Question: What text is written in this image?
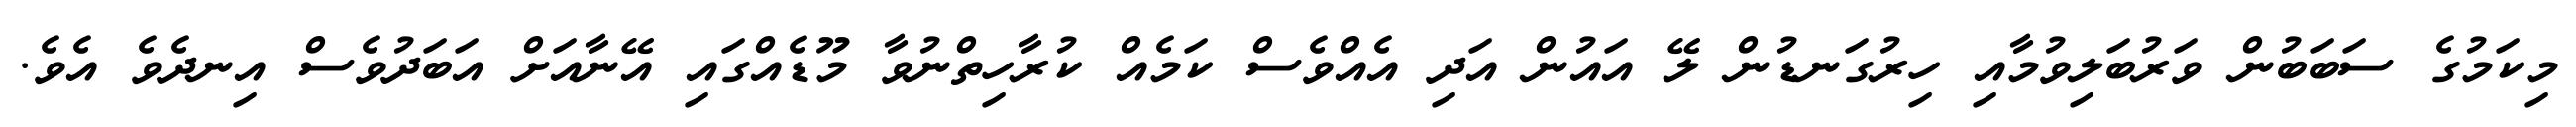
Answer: މިކަމުގެ ސަބަބުން ވަރުބަލިވުމާއި ހިރުގަނޑުން ލޭ އައުން އަދި އެއްވެސް ކަމެއް ކުރާހިތްނުވާ މޫޑެއްގައި އޭނާއަށް އަބަދުވެސް އިނދެވެ އެވެ.